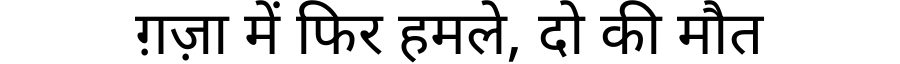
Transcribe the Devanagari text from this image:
ग़ज़ा में फिर हमले, दो की मौत